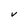
Character: V